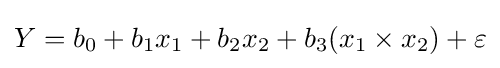
Y=b_{0}+b_{1}x_{1}+b_{2}x_{2}+b_{3}(x_{1}\times x_{2})+\varepsilon